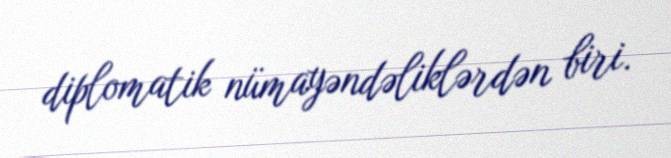
diplomatik nümayəndəliklərdən biri.